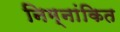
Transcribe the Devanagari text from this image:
निम्नांकित